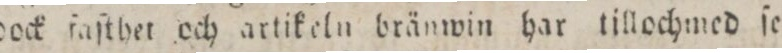
dock faſthet och artikeln bränwin har tillochmed ſe=